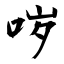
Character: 哕